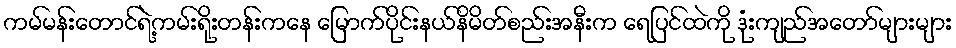
ကမ်မန်းတောင်ရဲ့ကမ်းရိုးတန်းကနေ မြောက်ပိုင်းနယ်နိမိတ်စည်းအနီးက ရေပြင်ထဲကို ဒုံးကျည်အတော်များများ